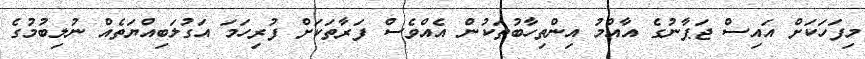
މިފަހަކަށް އައިސް ޖަޕާނުގެ އާއްމު އިންތިހާބުތަކުން އެއްވެސް ފަރާތަކަށް ފުރިހަމަ އަގުލަބިއްޔަތެއް ނުލިބުމުގެ